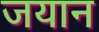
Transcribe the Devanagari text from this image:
जयान